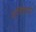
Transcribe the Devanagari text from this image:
वजि़फदार